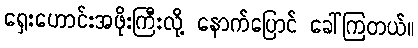
ရှေးဟောင်းအဖိုးကြီးလို့ နောက်ပြောင် ခေါ်ကြတယ်။